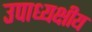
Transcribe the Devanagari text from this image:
उपाध्यक्षीय